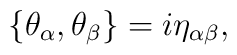
\{\theta_\alpha,\theta_\beta\}=i\eta_{\alpha\beta},